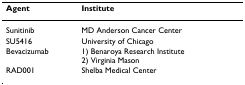
<table><thead><tr><td><b>Agent</b></td><td><b>Institute</b></td></tr></thead><tbody><tr><td>Sunitinib</td><td>MD Anderson Cancer Center</td></tr><tr><td>SU5416</td><td>University of Chicago</td></tr><tr><td>Bevacizumab</td><td>1) Benaroya Research Institute2) Virginia Mason</td></tr><tr><td>RAD001</td><td>Shelba Medical Center</td></tr></tbody></table>